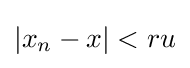
\left|x_{n}-x\right|<ru